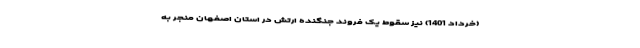
(خرداد 1401) نیز سقوط یک فروند جنگنده ارتش در استان اصفهان منجر به